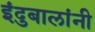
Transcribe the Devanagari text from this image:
इंदुबालांनी